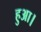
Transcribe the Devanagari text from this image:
हुअा।